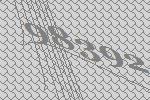
98392